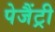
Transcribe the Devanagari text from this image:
पेजैंट्री